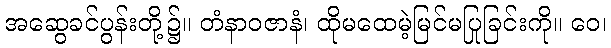
အဆွေခင်ပွန်းတို့၌။ တံနာဝဇာနံ၊ ထိုမထေမဲ့မြင်မပြုခြင်းကို။ ဝေ၊